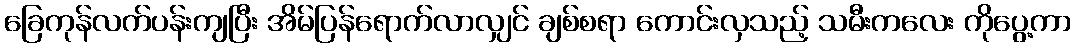
ခြေကုန်လက်ပန်းကျပြီး အိမ်ပြန်ရောက်လာလျှင် ချစ်စရာ ကောင်းလှသည့် သမီးကလေး ကိုပွေ့ကာ